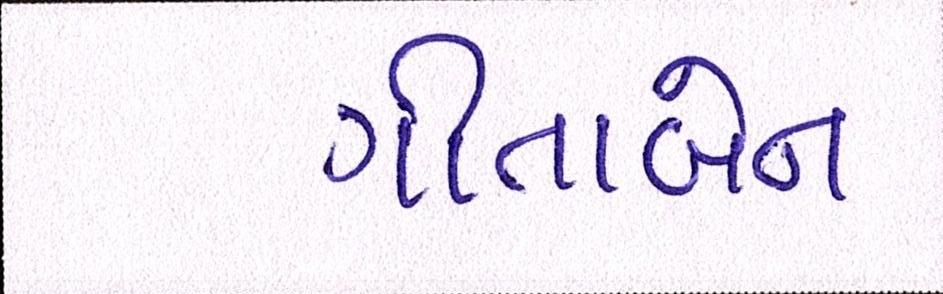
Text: ગીતાબેન